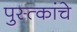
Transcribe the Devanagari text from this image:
पुस्त्कांचे